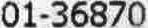
01-36870